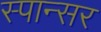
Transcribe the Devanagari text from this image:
स्पान्सर